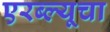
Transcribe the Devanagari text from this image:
एरब्ल्यूचा